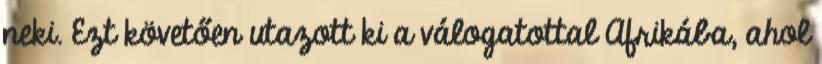
neki. Ezt követően utazott ki a válogatottal Afrikába, ahol